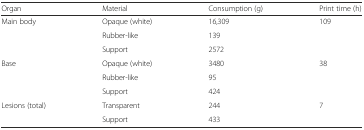
<table><thead><tr><td><b>Organ</b></td><td><b>Material</b></td><td><b>Consumption (g)</b></td><td><b>Print time (h)</b></td></tr></thead><tbody><tr><td rowspan="3">Main body</td><td>Opaque (white)</td><td>16,309</td><td rowspan="3">109</td></tr><tr><td>Rubber-like</td><td>139</td></tr><tr><td>Support</td><td>2572</td></tr><tr><td rowspan="3">Base</td><td>Opaque (white)</td><td>3480</td><td rowspan="3">38</td></tr><tr><td>Rubber-like</td><td>95</td></tr><tr><td>Support</td><td>424</td></tr><tr><td rowspan="2">Lesions (total)</td><td>Transparent</td><td>244</td><td rowspan="2">7</td></tr><tr><td>Support</td><td>433</td></tr></tbody></table>